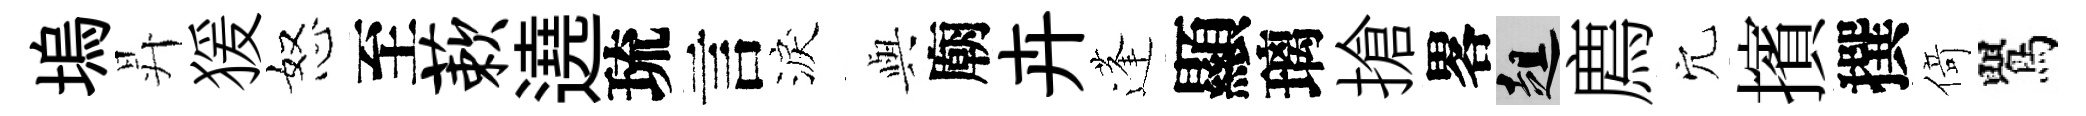
塢昇猨怒至蔌遶琉言淚𫤰廟卉蓬顯璃搶畧趄廌穴擯撰𠋣鸎